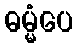
ဓမ္မံပေ